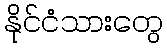
နိုင်ငံသားတွေ